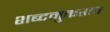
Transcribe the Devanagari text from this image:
शब्दनुकरण